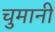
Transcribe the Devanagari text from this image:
चुमानी